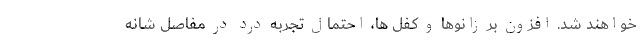
خواهند شد. افزون بر زانوها و کفل ها، احتمال تجربه درد در مفاصل شانه